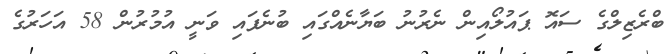
ބްރެޒިލްގެ ސައޮ ޕައުލޯއިން ނެރުނު ބަޔާނެއްގައި ބުނެފައި ވަނީ އުމުރުން 58 އަހަރުގެ